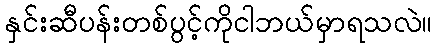
နှင်းဆီပန်းတစ်ပွင့်ကိုငါဘယ်မှာရသလဲ။